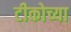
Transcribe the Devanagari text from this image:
टीकोच्या